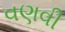
વણવી